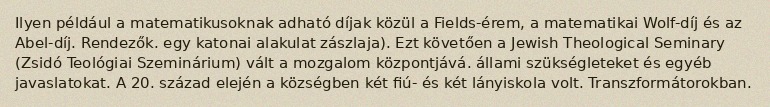
Ilyen például a matematikusoknak adható díjak közül a Fields-érem, a matematikai Wolf-díj és az Abel-díj. Rendezők. egy katonai alakulat zászlaja). Ezt követően a Jewish Theological Seminary (Zsidó Teológiai Szeminárium) vált a mozgalom központjává. állami szükségleteket és egyéb javaslatokat. A 20. század elején a községben két fiú- és két lányiskola volt. Transzformátorokban.